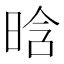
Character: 晗